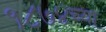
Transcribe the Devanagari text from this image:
१८७४च्या